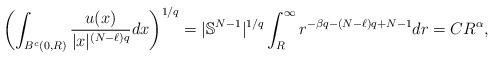
LaTeX: \begin{align*}\left( \int_{B^{c}(0,R)}\frac{u(x)}{|x|^{(N-\ell)q}}dx \right)^{1/q} &= |\mathbb{S}^{N-1}|^{1/q}\int_{R}^{\infty} r^{-\beta q-(N-\ell)q+N-1}dr=C R^{\alpha},\end{align*}